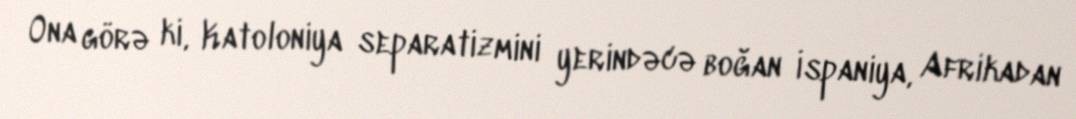
Ona görə ki, Katoloniya separatizmini yerindəcə boğan İspaniya, Afrikadan